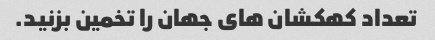
تعداد کهکشان های جهان را تخمین بزنید.